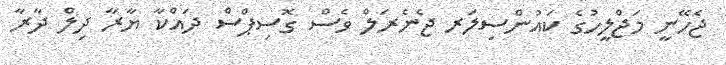
ޖެހޭނީ މަޖްލީހުގެ ކައުންސިލަރ ޖެނެރަލް ވެސް ގޮސިޕްސް ދައްކާ ޔާރާ ދިލް ދާރާ